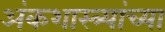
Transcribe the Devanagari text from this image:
अंकशास्त्र्यांच्या